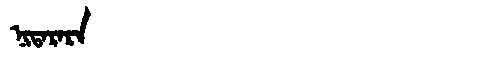
Manchu: ᠨᡳᡨᠠᡵᠠᡵᠠ
Romanization: NITARARA